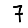
Digit: 7